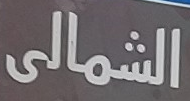
الشمالى